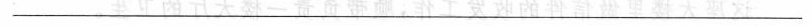
___